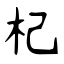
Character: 杞